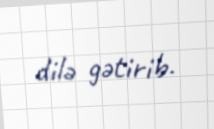
dilə gətirib.